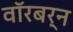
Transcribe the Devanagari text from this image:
वॉरबर्न